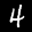
Label: 4